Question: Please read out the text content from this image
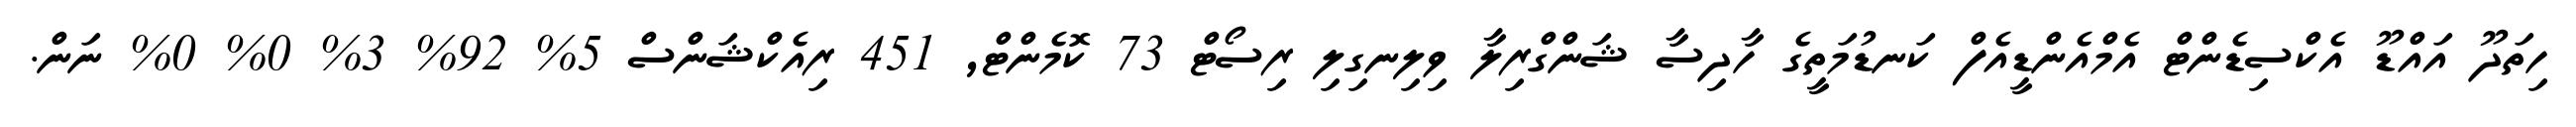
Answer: ހިތަދޫ އައްޑޫ އެކްސިޑެންޓް އެމްއެންޑީއެފް ކަނޑުމަތީގެ ހާދިސާ ޝަންގްރިލާ ވިލިނގިލި ރިސޯޓް 73 ކޮމެންޓް, 451 ރިއެކްޝަންސް 5% 92% 3% 0% 0% ނަން.